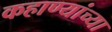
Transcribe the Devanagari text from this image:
कहाण्यांच्या